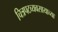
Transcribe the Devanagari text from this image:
चित्रपटव्यवसायाच्या